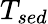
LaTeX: T_{\textit{sed}}